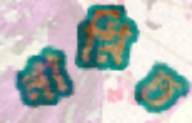
নামিত